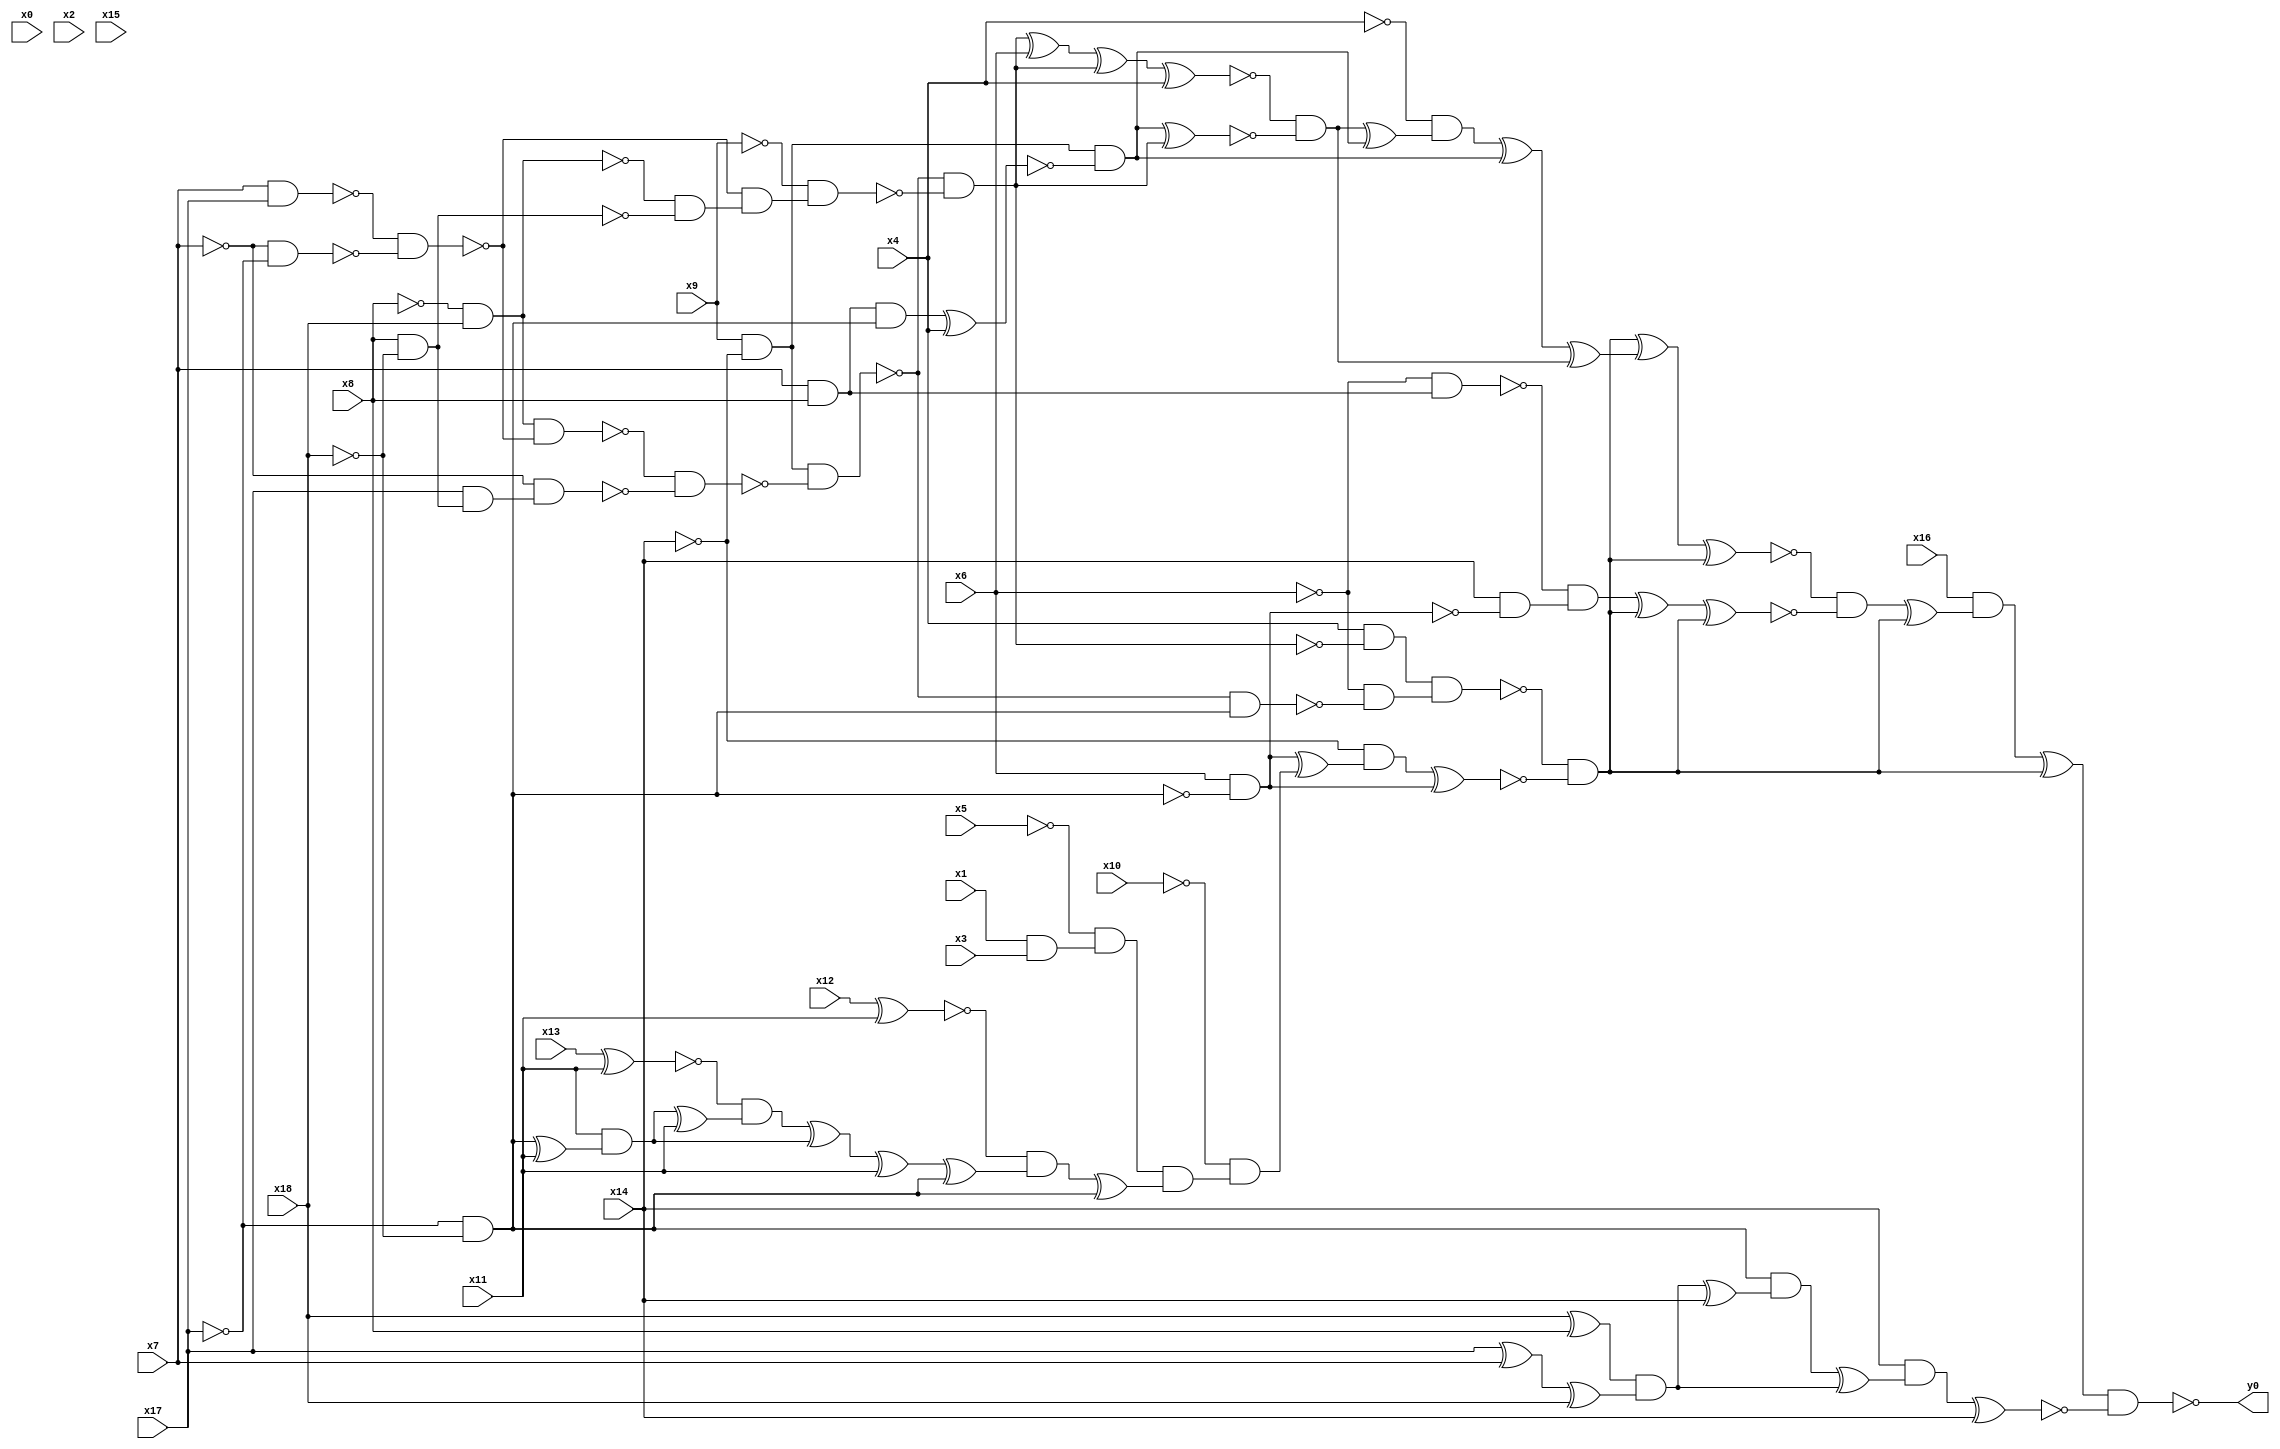
module top( x0 , x1 , x2 , x3 , x4 , x5 , x6 , x7 , x8 , x9 , x10 , x11 , x12 , x13 , x14 , x15 , x16 , x17 , x18 , y0 );
  input x0 , x1 , x2 , x3 , x4 , x5 , x6 , x7 , x8 , x9 , x10 , x11 , x12 , x13 , x14 , x15 , x16 , x17 , x18 ;
  output y0 ;
  wire n20 , n21 , n22 , n23 , n24 , n25 , n26 , n27 , n28 , n29 , n30 , n31 , n32 , n33 , n34 , n35 , n36 , n37 , n38 , n39 , n40 , n41 , n42 , n43 , n44 , n45 , n46 , n47 , n48 , n49 , n50 , n51 , n52 , n53 , n54 , n55 , n56 , n57 , n58 , n59 , n60 , n61 , n62 , n63 , n64 , n65 , n66 , n67 , n68 , n69 , n70 , n71 , n72 , n73 , n74 , n75 , n76 , n77 , n78 , n79 , n80 , n81 , n82 , n83 , n84 , n85 , n86 , n87 , n88 , n89 , n90 , n91 , n92 , n93 ;
  assign n20 = x9 & ~x14 ;
  assign n21 = ~x8 & x18 ;
  assign n22 = x7 & x17 ;
  assign n23 = ~x7 & ~x17 ;
  assign n24 = ~n22 & ~n23 ;
  assign n25 = n21 & ~n24 ;
  assign n26 = x8 & ~x18 ;
  assign n27 = x17 & n26 ;
  assign n28 = ~x7 & n27 ;
  assign n29 = ~n25 & ~n28 ;
  assign n30 = n20 & ~n29 ;
  assign n31 = ~n21 & ~n26 ;
  assign n32 = ~n24 & n31 ;
  assign n33 = ~x9 & n32 ;
  assign n34 = ~n30 & ~n33 ;
  assign n49 = x4 & ~n34 ;
  assign n39 = ~x17 & ~x18 ;
  assign n50 = ~n30 & n39 ;
  assign n51 = ~x6 & ~n50 ;
  assign n52 = n49 & n51 ;
  assign n68 = x6 & ~n39 ;
  assign n53 = x1 & x3 ;
  assign n54 = ~x5 & n53 ;
  assign n55 = x12 ^ x11 ;
  assign n56 = x13 ^ x11 ;
  assign n57 = n39 ^ x11 ;
  assign n58 = x11 & n57 ;
  assign n59 = n58 ^ x11 ;
  assign n60 = ~n56 & n59 ;
  assign n61 = n60 ^ n58 ;
  assign n62 = n61 ^ x11 ;
  assign n63 = n62 ^ n39 ;
  assign n64 = ~n55 & n63 ;
  assign n65 = n64 ^ n39 ;
  assign n66 = n54 & n65 ;
  assign n67 = ~x10 & n66 ;
  assign n69 = n68 ^ n67 ;
  assign n70 = ~x14 & n69 ;
  assign n71 = n70 ^ n68 ;
  assign n72 = ~n52 & ~n71 ;
  assign n35 = n34 ^ x6 ;
  assign n36 = n35 ^ n34 ;
  assign n37 = n36 ^ x4 ;
  assign n38 = x7 & x8 ;
  assign n40 = n38 & n39 ;
  assign n41 = n40 ^ x4 ;
  assign n42 = n20 & ~n41 ;
  assign n43 = n42 ^ n34 ;
  assign n44 = ~n37 & ~n43 ;
  assign n45 = n44 ^ n42 ;
  assign n46 = ~x4 & n45 ;
  assign n47 = n46 ^ n42 ;
  assign n48 = n47 ^ n44 ;
  assign n73 = n72 ^ n48 ;
  assign n74 = n73 ^ n72 ;
  assign n75 = ~x6 & n38 ;
  assign n76 = x14 & ~n68 ;
  assign n77 = ~n75 & n76 ;
  assign n78 = n77 ^ n72 ;
  assign n79 = n78 ^ n72 ;
  assign n80 = ~n74 & ~n79 ;
  assign n81 = n80 ^ n72 ;
  assign n82 = x16 & n81 ;
  assign n83 = n82 ^ n72 ;
  assign n84 = x18 ^ x8 ;
  assign n85 = x17 ^ x7 ;
  assign n86 = n85 ^ x18 ;
  assign n87 = n84 & n86 ;
  assign n88 = n87 ^ x14 ;
  assign n89 = n39 & n88 ;
  assign n90 = n89 ^ n87 ;
  assign n91 = x14 & n90 ;
  assign n92 = n91 ^ x14 ;
  assign n93 = n83 & ~n92 ;
  assign y0 = ~n93 ;
endmodule